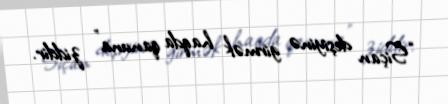
“Siçan deşiyinə girmək haqda qanuna” ziddir.